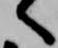
へ